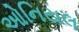
ઓનિયલ